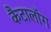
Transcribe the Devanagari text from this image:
कैटालॉग